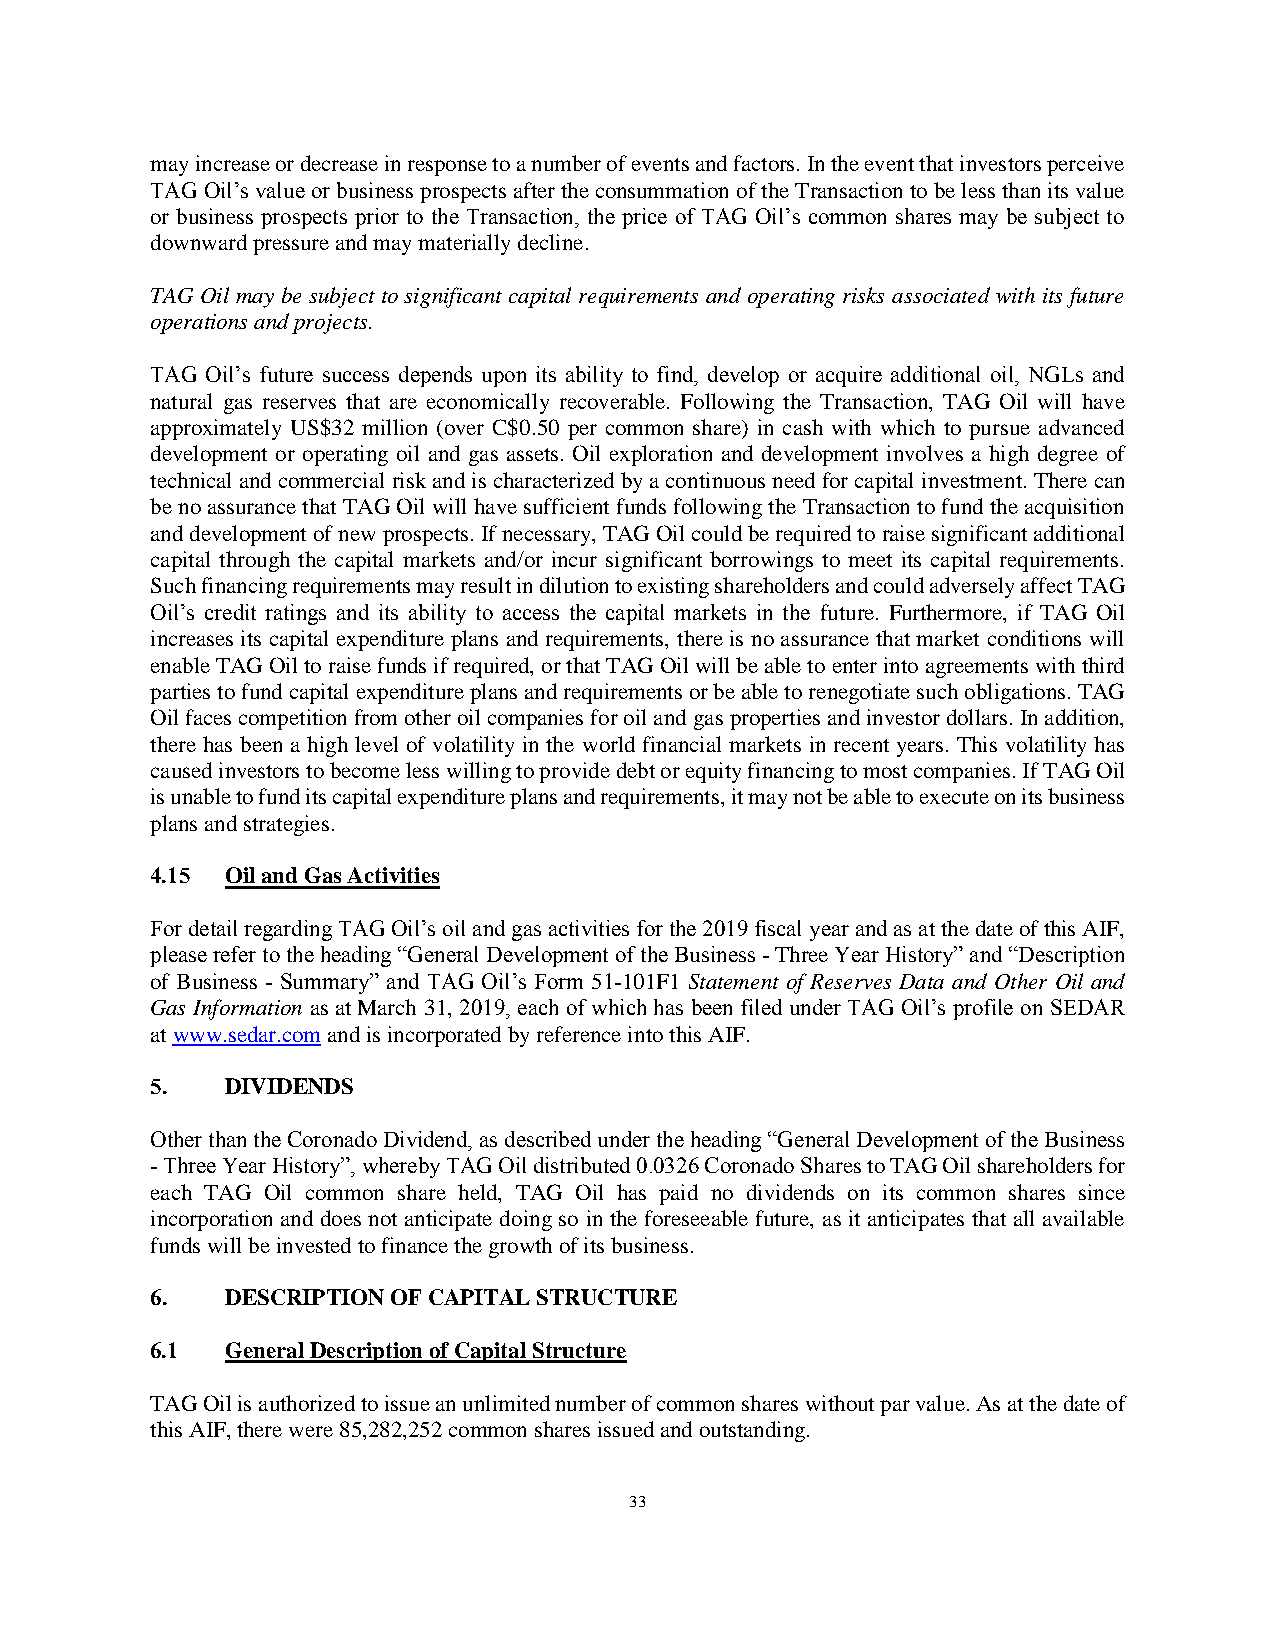
may increase or decrease in response to a number of events and factors. In the event that investors perceive
 TAG Oil’s value or business prospects after the consummation of the Transaction to be less than its value
 or business prospects prior to the Transaction, the price of TAG Oil’s common shares may be subject to
 downward pressure and may materially decline.
 TAG Oil may be subject to significant capital requirements and operating risks associated with its future
 operations and projects.
 TAG Oil’s future success depends upon its ability to find, develop or acquire additional oil, NGLs and
 natural gas reserves that are economically recoverable. Following the Transaction, TAG Oil will have
 approximately US$32 million (over C$0.50 per common share) in cash with which to pursue advanced
 development or operating oil and gas assets. Oil exploration and development involves a high degree of
 technical and commercial risk and is characterized by a continuous need for capital investment. There can
 be no assurance that TAG Oil will have sufficient funds following the Transaction to fund the acquisition
 and development of new prospects. If necessary, TAG Oil could be required to raise significant additional
 capital through the capital markets and/or incur significant borrowings to meet its capital requirements.
 Such financing requirements may result in dilution to existing shareholders and could adversely affect TAG
 Oil’s credit ratings and its ability to access the capital markets in the future. Furthermore, if TAG Oil
 increases its capital expenditure plans and requirements, there is no assurance that market conditions will
 enable TAG Oil to raise funds if required, or that TAG Oil will be able to enter into agreements with third
 parties to fund capital expenditure plans and requirements or be able to renegotiate such obligations. TAG
 Oil faces competition from other oil companies for oil and gas properties and investor dollars. In addition,
 there has been a high level of volatility in the world financial markets in recent years. This volatility has
 caused investors to become less willing to provide debt or equity financing to most companies. If TAG Oil
 is unable to fund its capital expenditure plans and requirements, it may not be able to execute on its business
 plans and strategies.
 4.15 Oil and Gas Activities
 For detail regarding TAG Oil’s oil and gas activities for the 2019 fiscal year and as at the date of this AIF,
 please refer to the heading “General Development of the Business - Three Year History” and “Description
 of Business - Summary” and TAG Oil’s Form 51-101F1 Statement of Reserves Data and Other Oil and
 Gas Information as at March 31, 2019, each of which has been filed under TAG Oil’s profile on SEDAR
 at www.sedar.com and is incorporated by reference into this AIF.
 5.   DIVIDENDS
 Other than the Coronado Dividend, as described under the heading “General Development of the Business
 - Three Year History”, whereby TAG Oil distributed 0.0326 Coronado Shares to TAG Oil shareholders for
 each TAG Oil common share held, TAG Oil has paid no dividends on its common shares since
 incorporation and does not anticipate doing so in the foreseeable future, as it anticipates that all available
 funds will be invested to finance the growth of its business.
 6.   DESCRIPTION OF CAPITAL STRUCTURE
 6.1  General Description of Capital Structure
 TAG Oil is authorized to issue an unlimited number of common shares without par value. As at the date of
 this AIF, there were 85,282,252 common shares issued and outstanding.
 33